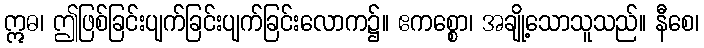
ဣဓ၊ ဤဖြစ်ခြင်းပျက်ခြင်းပျက်ခြင်းလောက၌။ ဧကစ္စော၊ အချို့သောသူသည်။ နီစေ၊